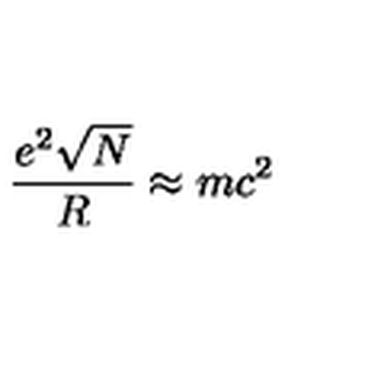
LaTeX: \frac { e ^ { 2 } \sqrt { N } } { R } \approx m c ^ { 2 }